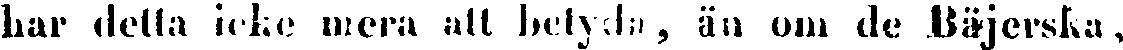
har detta icke mera all betyda, än om de Bäjerska ,